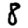
Digit: 8